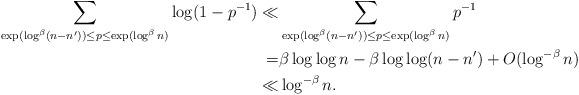
LaTeX: \begin{align*}\sum_{\exp(\log^\beta (n-n'))\le p\le\exp(\log^\beta n)}\log (1-p^{-1})\ll&\sum_{\exp(\log^\beta (n-n'))\le p\le\exp(\log^\beta n)}p^{-1}\\=&\beta\log\log n-\beta\log \log(n-n')+O(\log^{-\beta}n)\\\ll&\log^{-\beta}n.\end{align*}